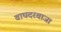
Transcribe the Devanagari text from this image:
वाघदरवाजा